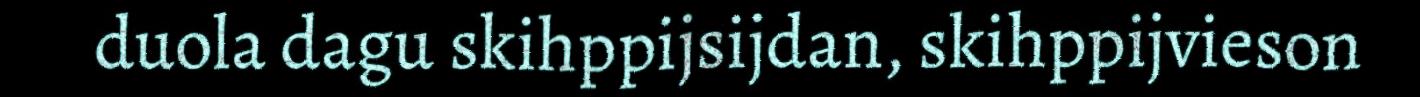
duola dagu skihppijsijdan, skihppijvieson